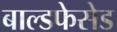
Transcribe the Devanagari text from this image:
बाल्डफेसेड